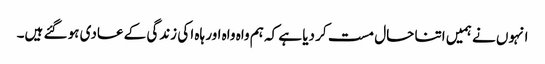
انہوں نے ہمیں اتنا حال مست کر دیا ہے کہ ہم واہ واہ اور ہاہ ا کی زندگی کے عادی ہو گئے ہیں۔